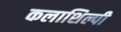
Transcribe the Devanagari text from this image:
कलाशिल्पी